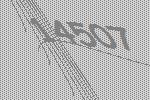
14507